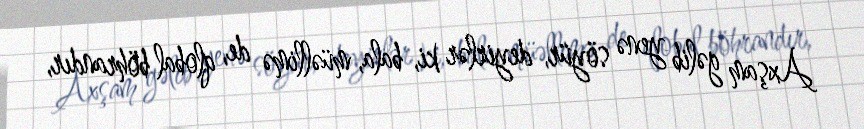
Axşam gəlib yenə söyür, deyirlər ki, bala, müəllimə de, qlobal böhrandır,